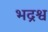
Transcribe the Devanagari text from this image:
भद्रश्व